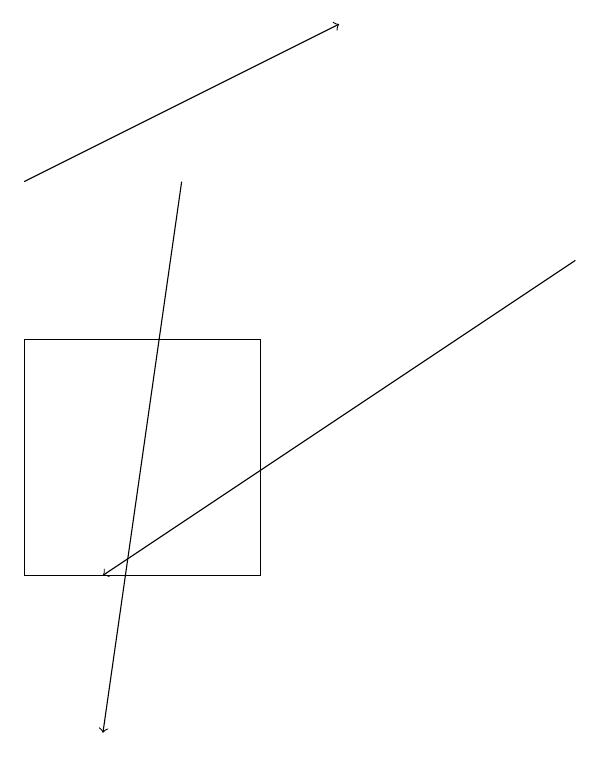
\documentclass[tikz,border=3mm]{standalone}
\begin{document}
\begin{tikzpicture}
\draw[->] (8,16) -- (2,12);
\draw (1,15) rectangle (4,12);
\draw[->] (3,17) -- (2,10);
\draw[->] (1,17) -- (5,19);
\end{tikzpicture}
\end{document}